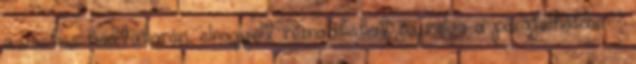
a vaskos ködtakarón, elnagyolt rémalakokat rajzolva a párafelhőkbe. -